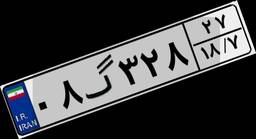
۱۲گ۳۴۷۶۸